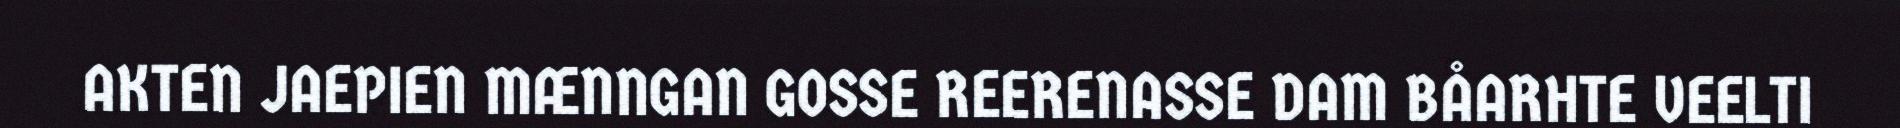
AKTEN JAEPIEN MÆNNGAN GOSSE REERENASSE DAM BÅARHTE VEELTI